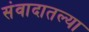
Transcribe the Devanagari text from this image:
संवादातल्या